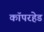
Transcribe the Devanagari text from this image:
कॉपरहेड